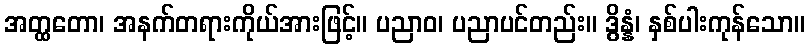
အတ္ထတော၊ အနက်တရားကိုယ်အားဖြင့်။ ပညာဝ၊ ပညာပင်တည်း။ ဒွိန္နံ၊ နှစ်ပါးကုန်သော။